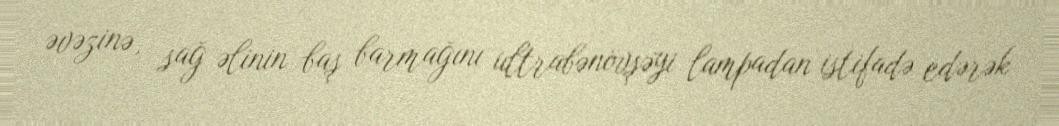
əvəzinə, sağ əlinin baş barmağını ultrabənövşəyi lampadan istifadə edərək